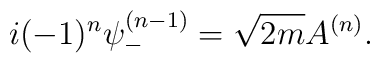
i(-1)^n\psi_{-}^{(n-1)}=\sqrt{2m}A^{(n)}.